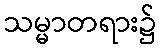
သမ္မာတရား၌